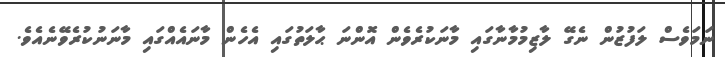
ނަމަވެސް ލަފުޒުން ނެގޭ ލާޒިމުމާނާގައި މާނަކުރެވެން އޮންނަ ޙާލަތުގައި އެހެން މާނައެއްގައި މާނަނުކުރެވޭނެއެވެ.